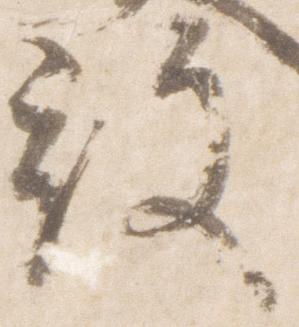
殿